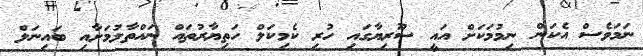
ނަމަވެސް އެކަން ނިމުމަކަށް އައީ ސޫރިޔާގައި ހުރި ކެމިކަލް ހަތިޔާރުތައް ނައްތާލުމަށާއި ބައިނަލް